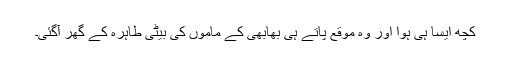
کچھ ایسا ہی ہوا اور وہ موقع پاتے ہی بھابھی کے ماموں کی بیٹی طاہرہ کے گھر آگئی۔